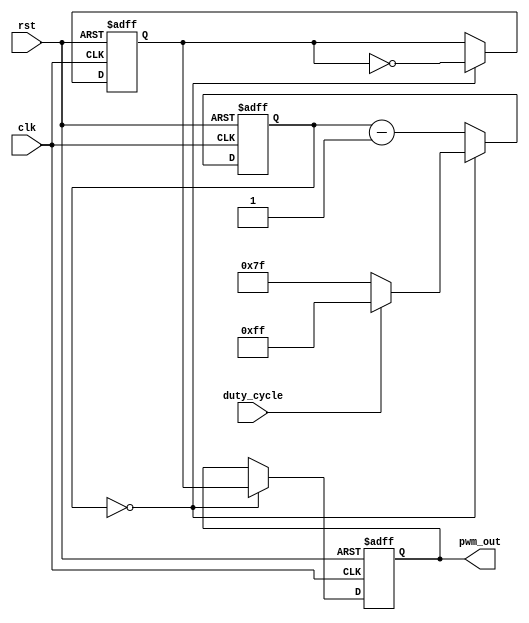
module PWM_Pulse_Generator (
    input wire clk,            // Clock input
    input wire rst,            // Reset signal
    input wire duty_cycle,     // Duty cycle control signal
    output reg pwm_out         // PWM output signal
);

reg [7:0] count;               // Counter to track pulse timing
reg high_pulse;                // Flag to indicate high pulse

always @(posedge clk or posedge rst) begin
    if (rst) begin
        count <= 8'b0;        // Reset counter
        pwm_out <= 1'b0;      // Initialize PWM output
        high_pulse <= 1'b0;   // Initialize high pulse flag
    end else begin
        if (count == 8'd0) begin
            high_pulse <= ~high_pulse;  // Toggle high pulse flag
            count <= duty_cycle ? (8'd255) : (8'd127);  // Determine pulse width based on duty cycle
            pwm_out <= high_pulse;  // Set PWM output based on high pulse flag
        end else begin
            count <= count - 1;   // Decrement counter
        end
    end
end

endmodule